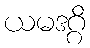
ယမဒဂ္ဂိ